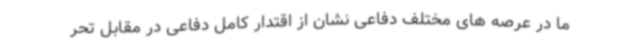
ما در عرصه های مختلف دفاعی نشان از اقتدار کامل دفاعی در مقابل تحر